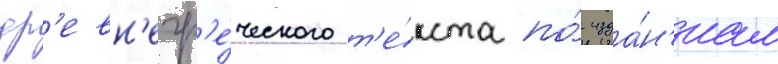
др'евн'егр'е́ческого т'е́кста по́ изда́н'иам